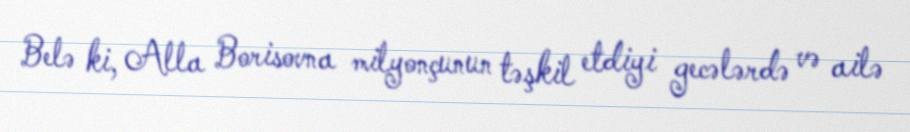
Belə ki, Alla Borisovna milyonçunun təşkil etdiyi gecələrdə və ailə